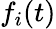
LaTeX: f_{i}(t)